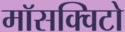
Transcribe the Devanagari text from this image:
माॅसक्विटो